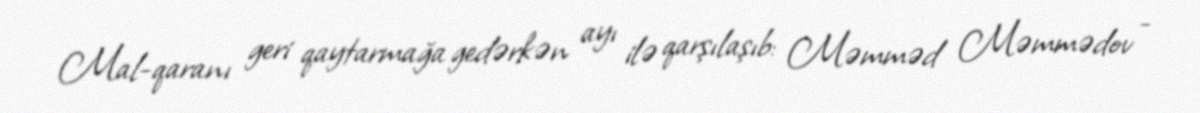
Mal-qaranı geri qaytarmağa gedərkən ayı ilə qarşılaşıb: Məmməd Məmmədov -